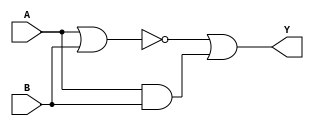
module XOR_gate (
    input A,
    input B,
    output Y
);

wire nMOS1, nMOS2, pMOS1, pMOS2;

// nMOS transistors in parallel
assign nMOS1 = A & B;
assign nMOS2 = A & B;

// pMOS transistors in series
assign pMOS1 = A | B;
assign pMOS2 = A | B;

// XOR gate logic
assign Y = ~(pMOS1 & pMOS2) | (nMOS1 & nMOS2);

endmodule